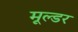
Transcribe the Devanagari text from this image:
मूल्डर